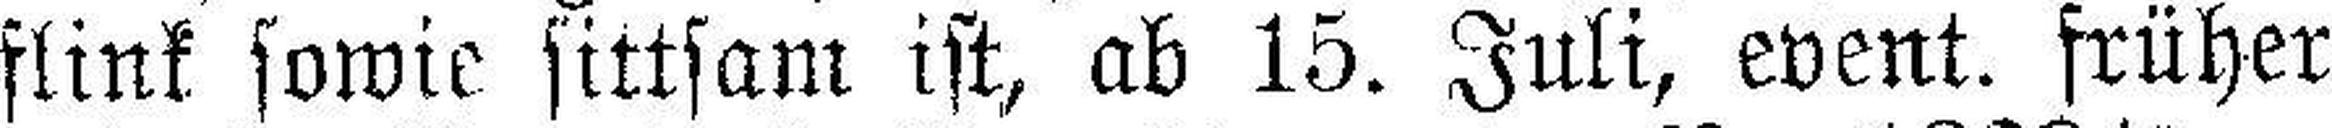
stink sowie sittsam ist, ab 15. Juli, event. früher